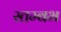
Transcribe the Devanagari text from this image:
स्तम्बभ